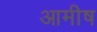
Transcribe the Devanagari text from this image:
आमीष